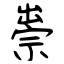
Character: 祟